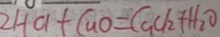
2 H C l + C u O = C u C l _ { 2 } + H _ { 2 } O